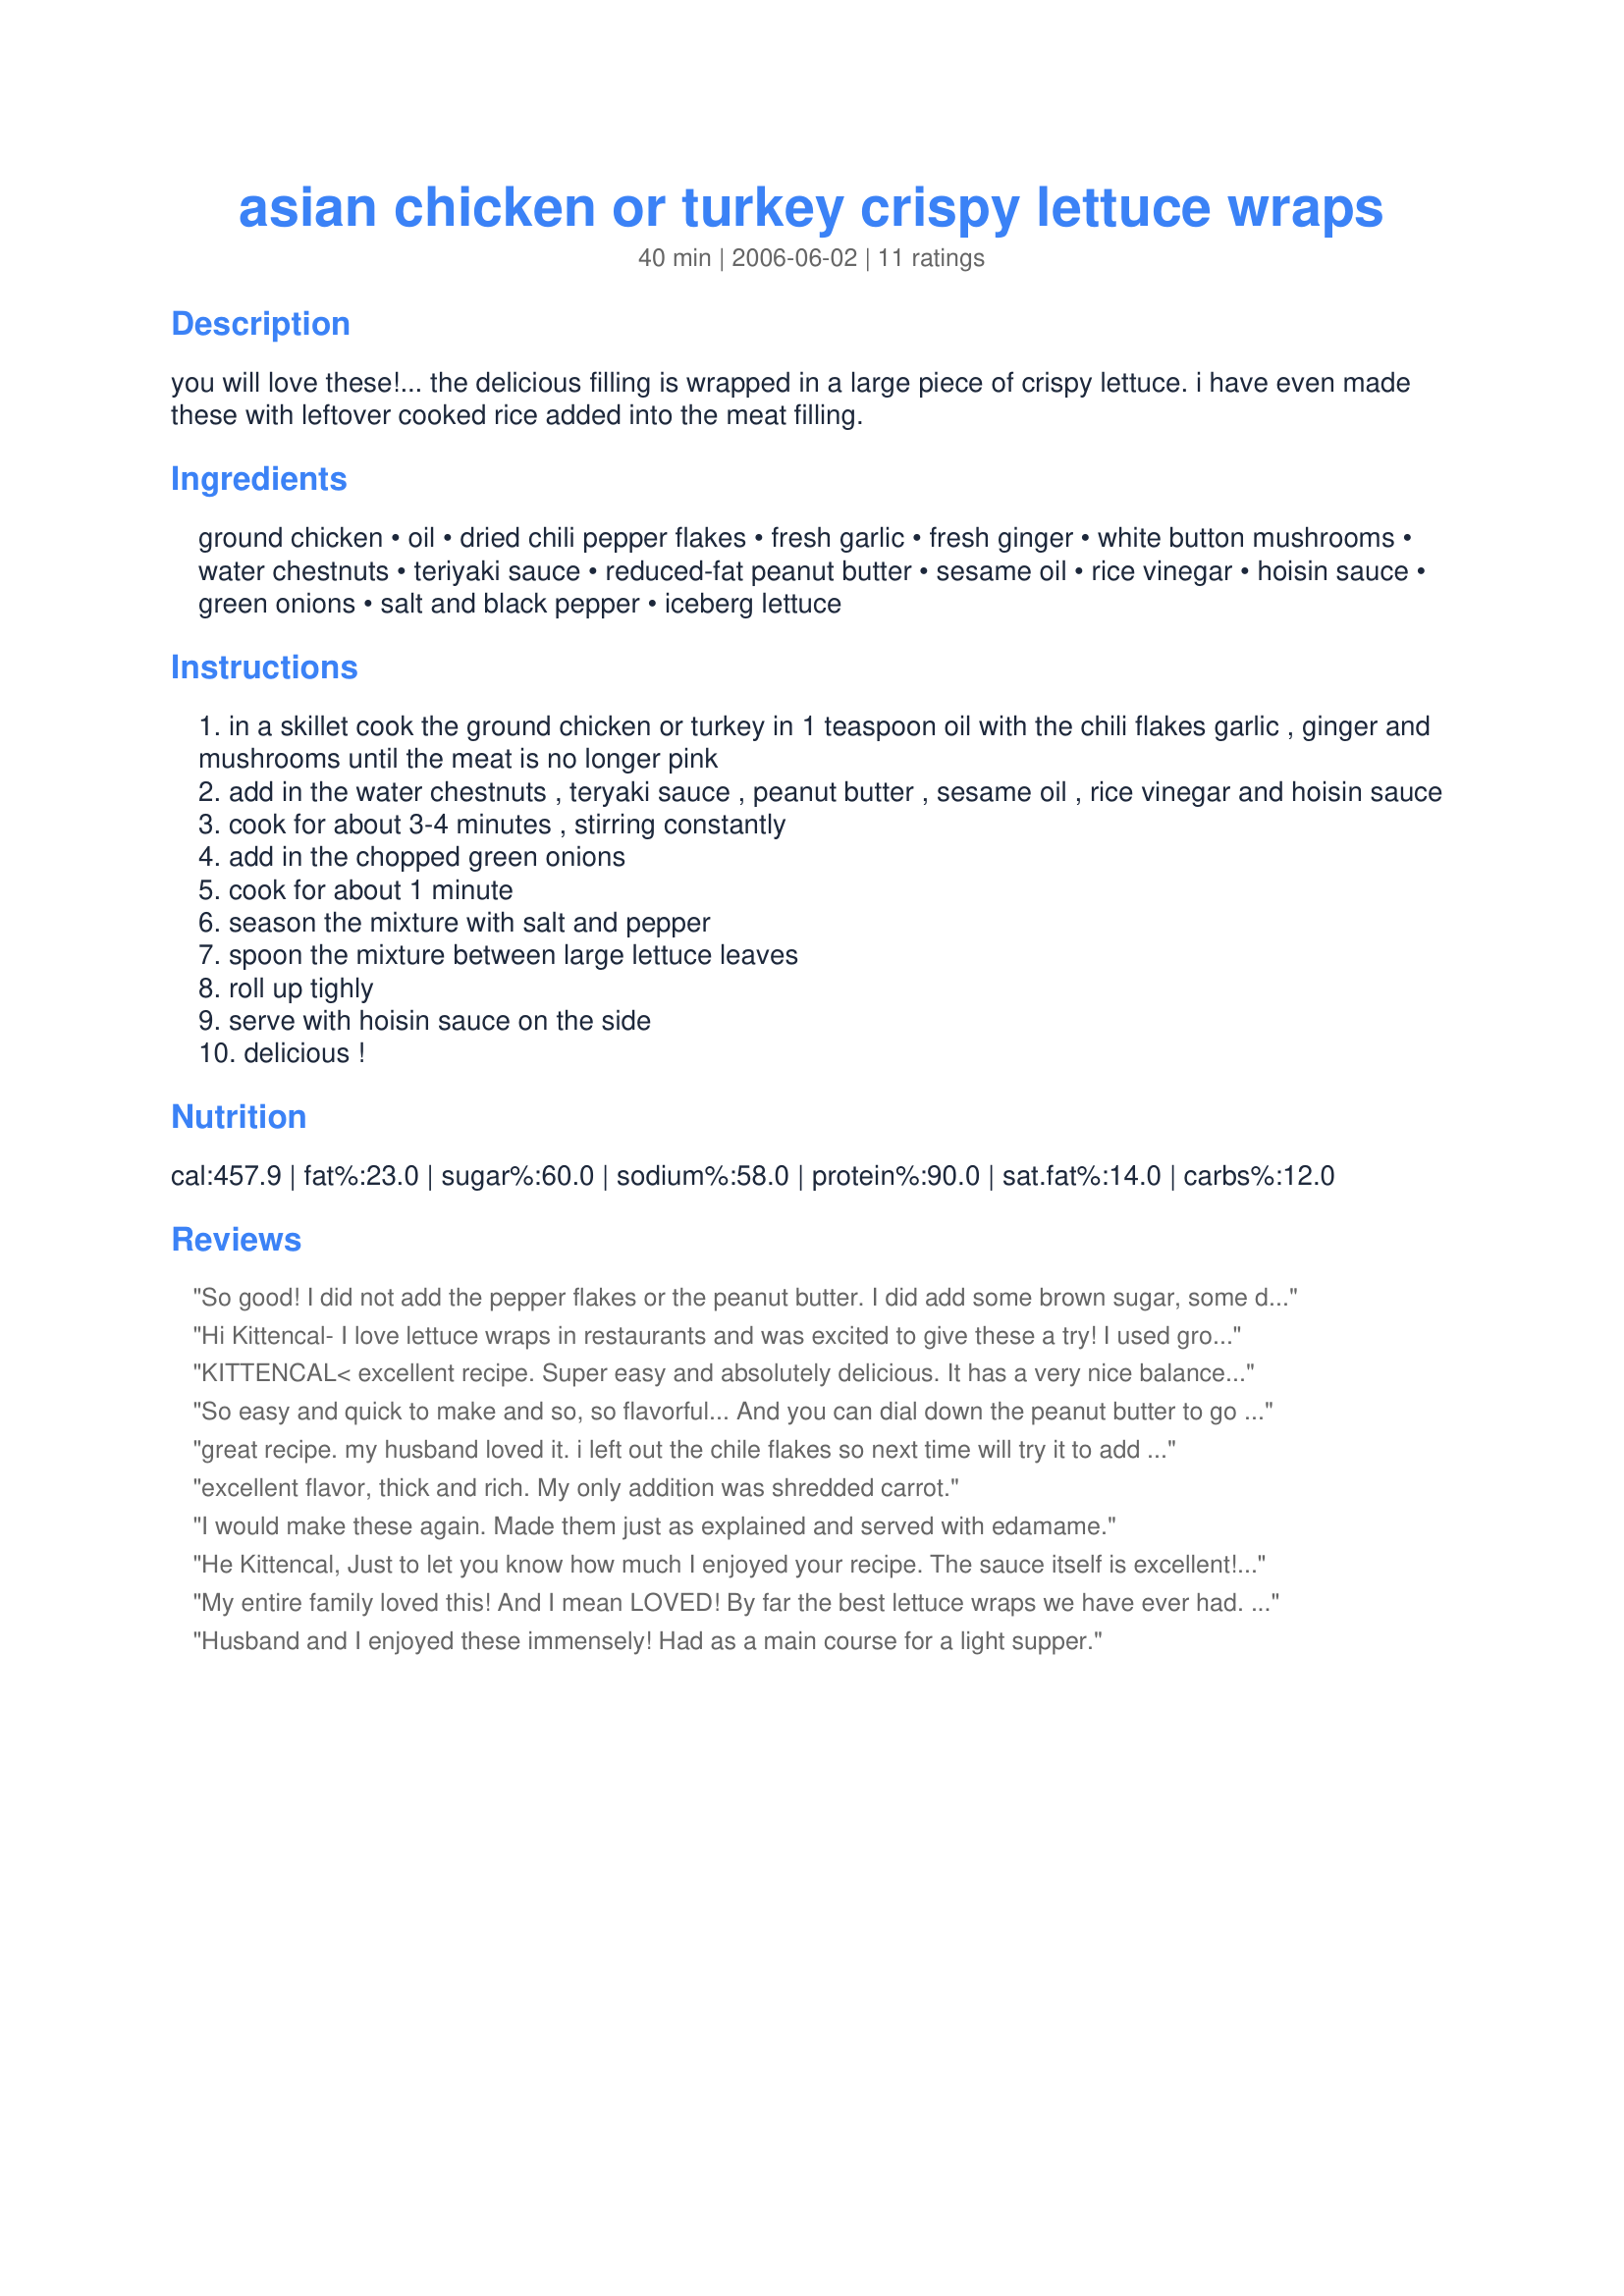
asian chicken or turkey crispy lettuce wraps
Preparation time: 40 minutes

you will love these!... the delicious filling is wrapped in a large piece of crispy lettuce. i have even made these with leftover cooked rice added into the meat filling.

Ingredients:
ground chicken, oil, dried chili pepper flakes, fresh garlic, fresh ginger, white button mushrooms, water chestnuts, teriyaki sauce, reduced-fat peanut butter, sesame oil, rice vinegar, hoisin sauce, green onions, salt and black pepper, iceberg lettuce

Steps:
in a skillet cook the ground chicken or turkey in 1 teaspoon oil with the chili flakes garlic , ginger and mushrooms until the meat is no longer pink
add in the water chestnuts , teryaki sauce , peanut butter , sesame oil , rice vinegar and hoisin sauce
cook for about 3-4 minutes , stirring constantly
add in the chopped green onions
cook for about 1 minute
season the mixture with salt and pepper
spoon the mixture between large lettuce leaves
roll up tighly
serve with hoisin sauce on the side
delicious !

Reviews:
So good! I did not add the pepper flakes or the peanut butter. I did add some brown sugar, some dry sherry and some oyster sauce with the rest of your ingredients. I also used Recipe #92803 #92803. A keeper for sure.
Hi Kittencal- I love lettuce wraps in restaurants and was excited to give these a try! I used ground chicken and loved how the peanut butter gave a slight creamy texture to the meat. It also helps bind the chicken, which makes it a bit easier to eat. I think the key is having good sturdy lettuce! Made in memory of John-
Roxygirl
KITTENCAL< excellent recipe. Super easy and absolutely delicious. It has a very nice balance of flavor and texture. I forgot to buy Hoisin, and it was great even without dipping. I made this for football food and hubby said "you can make this anytime! " Thank you for sharing!
So easy and quick to make and so, so flavorful... And you can dial down the peanut butter to go a bit lighter on the fat grams... Highly recommended!!!
great recipe. my husband loved it. i left out the chile flakes so next time will try it to add a little more flavor. My husband said it was better than pf changs
excellent flavor, thick and rich. My only addition was shredded carrot.
I would make these again. Made them just as explained and served with edamame.
He Kittencal, Just to let you know how much I enjoyed your recipe. The sauce itself is excellent! Had to swap out the carrot for bamboo shoots due to dietary concern but all in all this is something I am going to make over and over. Also passed the recipe to my mom and sisters as they loved too. Thanks again.
My entire family loved this! And I mean LOVED! By far the best lettuce wraps we have ever had. I followed the recipe exactly and I wouldn't change a thing! I will be making these very often.
Husband and I enjoyed these immensely! Had as a main course for a light supper.
Delicious! My family loves this dish. I substituted chopped carrot for the water chestnuts due to personal preference. I always make a double batch and freeze half for another night.
